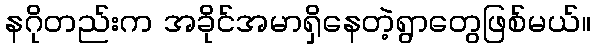
နဂိုတည်းက အခိုင်အမာရှိနေတဲ့ရွာတွေဖြစ်မယ်။